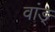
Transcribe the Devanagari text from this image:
वांङ्‌